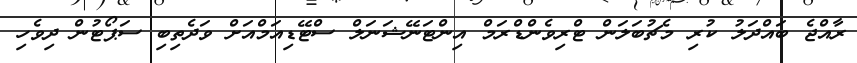
ރާއްޖެ ބައްދަލު ކުރި މެޗުބަލަން ޓްރިވެންޑްރަމް އިންޓަނޭޝަނަލް ސްޓޭޑިއަމްއަށް ވަދެތިބި ސަޕޯޓުން ދިވެހި